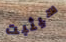
سيثبت